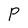
Character: P